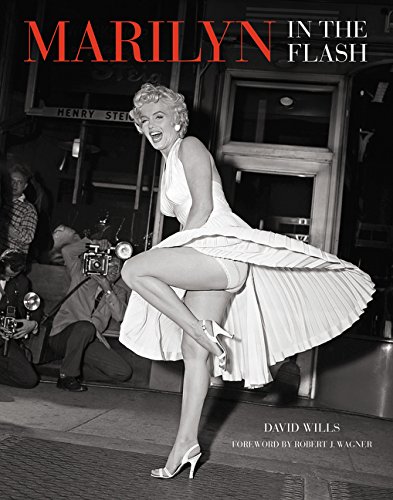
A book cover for Marilyn: In the Flash; David Wills; Arts & Photography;